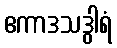
ဧကာဒသဒွါရံ